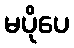
မပိုပေ